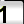
Digit: 1